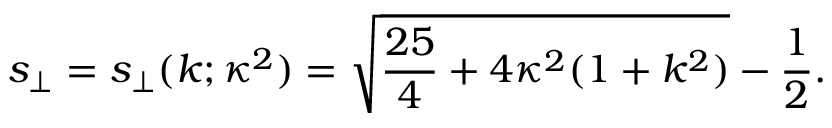
s _ { \perp } = s _ { \perp } ( k ; \kappa ^ { 2 } ) = \sqrt { \frac { 2 5 } { 4 } + 4 \kappa ^ { 2 } ( 1 + k ^ { 2 } ) } - \frac 1 2 .